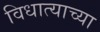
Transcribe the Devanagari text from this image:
विधात्याच्या